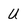
Character: U